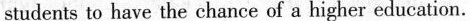
students to have the chance of a higher education.